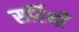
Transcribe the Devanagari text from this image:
सर्रियाँ